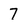
Character: 7